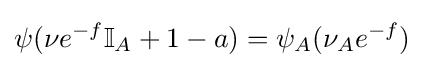
\psi (\nu e^{-f}\mathbb {I} _{A}+1-a)=\psi _{A}(\nu _{A}e^{-f})